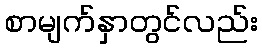
စာမျက်နှာတွင်လည်း